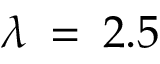
\lambda \: = \: 2 . 5